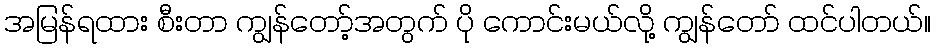
အမြန်ရထား စီးတာ ကျွန်တော့်အတွက် ပို ကောင်းမယ်လို့ ကျွန်တော် ထင်ပါတယ်။